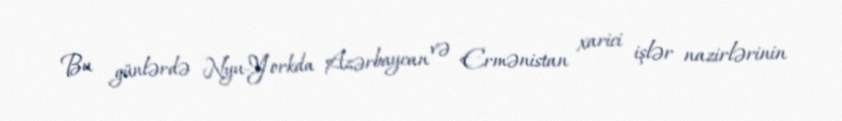
Bu günlərdə Nyu-Yorkda Azərbaycan və Ermənistan xarici işlər nazirlərinin